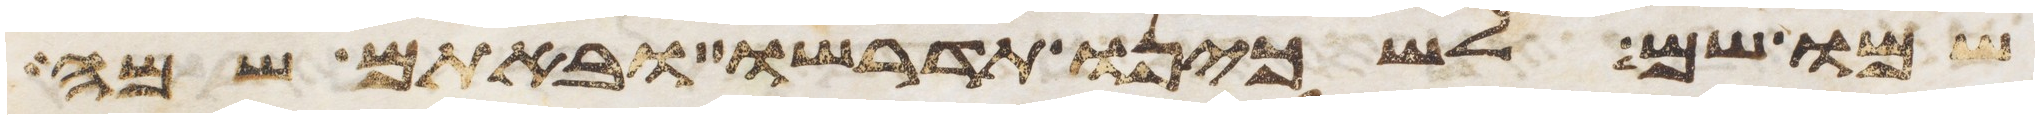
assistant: שמו שם לשכינו תדרשו ובאתם שם